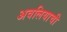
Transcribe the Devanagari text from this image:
अवलियाची